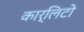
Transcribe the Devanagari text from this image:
कार्लिटो